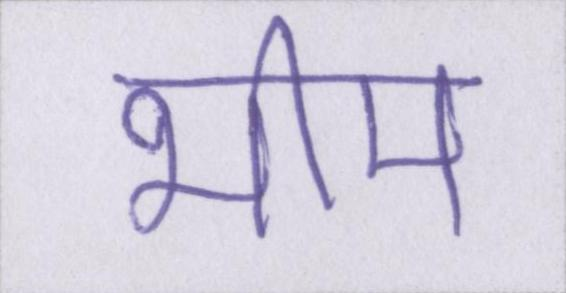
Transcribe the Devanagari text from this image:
भीम